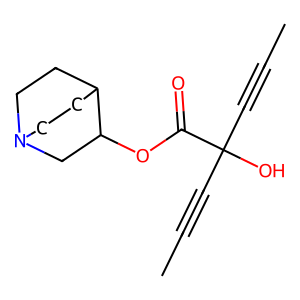
SMILES: CC#CC(O)(C#CC)C(=O)OC1CN2CCC1CC2
Inhibits HIV replication: No